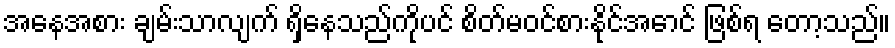
အနေအစား ချမ်းသာလျက် ရှိနေသည်ကိုပင် စိတ်မဝင်စားနိုင်အောင် ဖြစ်ရ တော့သည်။